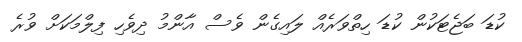
ކުޑަ ބަޖެޓަކުން ކުޑަ ހިތްވަރެއް ލައިގެން ވެސް އާންމު ދިވެހި ފިލްމަކަށް ވުރެ